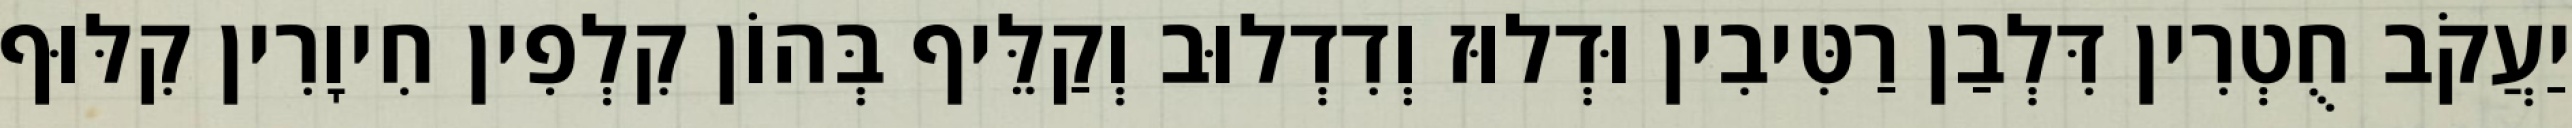
יַעֲקֹב חֻטְרִין דִּלְבַן רַטִּיבִין וּדְלוּז וְדִדְלוּב וְקַלֵּיף בְּהוֹן קִלְפִין חִיוָרִין קִלּוּף